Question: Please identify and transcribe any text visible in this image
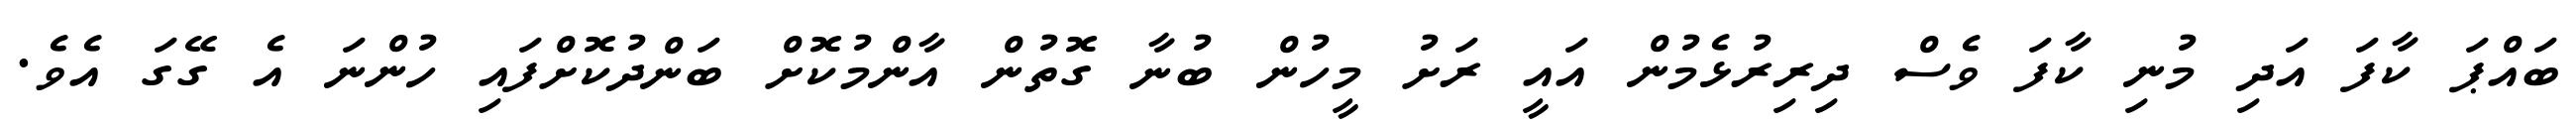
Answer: ބައްޕަ ކާފަ އަދި މުނި ކާފަ ވެސް ދިރިރުޅެމުން އައީ ރަށު މީހުން ބުނާ ގޮތުން އާންމުކޮށް ބަންދުކޮށްފައި ހުންނަ އެ ގޭގަ އެވެ.